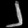
Digit: ၂